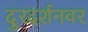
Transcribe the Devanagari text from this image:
दुरदर्शनवर